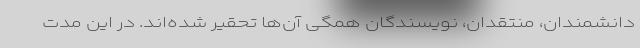
دانشمندان، منتقدان، نویسندگان همگی آن‌ها تحقیر شده‌اند. در این مدت